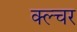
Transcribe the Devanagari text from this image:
क्ल्चर